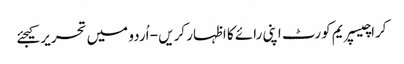
کراچیسپریم کورٹ اپنی رائے کا اظہار کریں - اُردو میں تحریر کیجئے